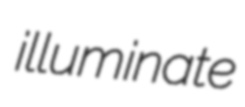
illuminate